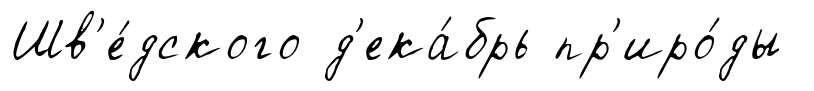
Шв'е́дского д'ека́брь пр'иро́ды